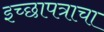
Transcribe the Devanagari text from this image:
इच्छापत्राचा